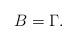
LaTeX: \begin{align*} B = \Gamma .\end{align*}